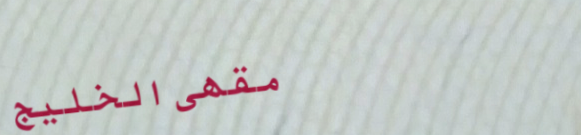
مقهى الخليج